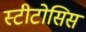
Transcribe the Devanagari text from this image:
स्टीटोसिस